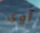
آوى